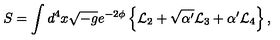
S = \int d ^ { 4 } x \sqrt { - g } e ^ { - 2 \phi } \left\{ { \cal L } _ { 2 } + \sqrt { \alpha ^ { \prime } } { \cal L } _ { 3 } + \alpha ^ { \prime } { \cal L } _ { 4 } \right\} ,